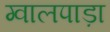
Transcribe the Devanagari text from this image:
ग्वालपाड़ा